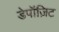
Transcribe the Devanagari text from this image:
डेपॉज़िट